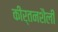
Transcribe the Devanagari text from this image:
कीर्तनशैली